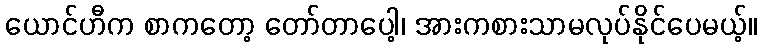
ယောင်ဟီက စာကတော့ တော်တာပေါ့၊ အားကစားသာမလုပ်နိုင်ပေမယ့်။